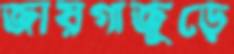
জায়গাজুড়ে